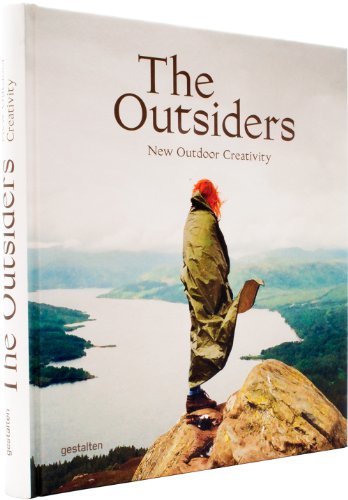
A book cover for The Outsiders: The New Outdoor Creativity; Arts & Photography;